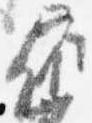
依